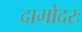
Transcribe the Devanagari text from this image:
दामोदरः